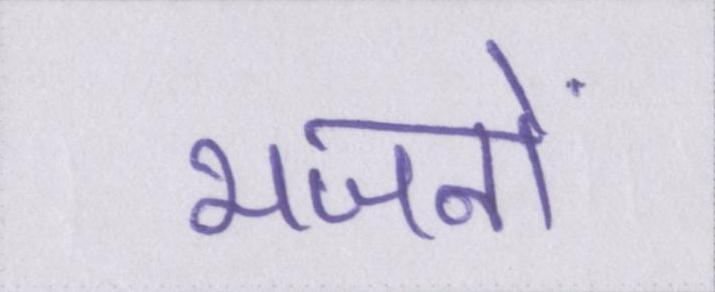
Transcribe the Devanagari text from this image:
भजनों